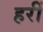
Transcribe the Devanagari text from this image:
हरीं